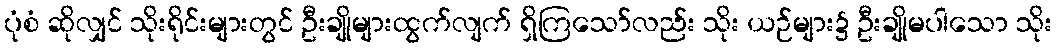
ပုံစံ ဆိုလျှင် သိုးရိုင်းများတွင် ဦးချိုများထွက်လျက် ရှိကြသော်လည်း သိုး ယဉ်များ၌ ဦးချိုမပါသော သိုး